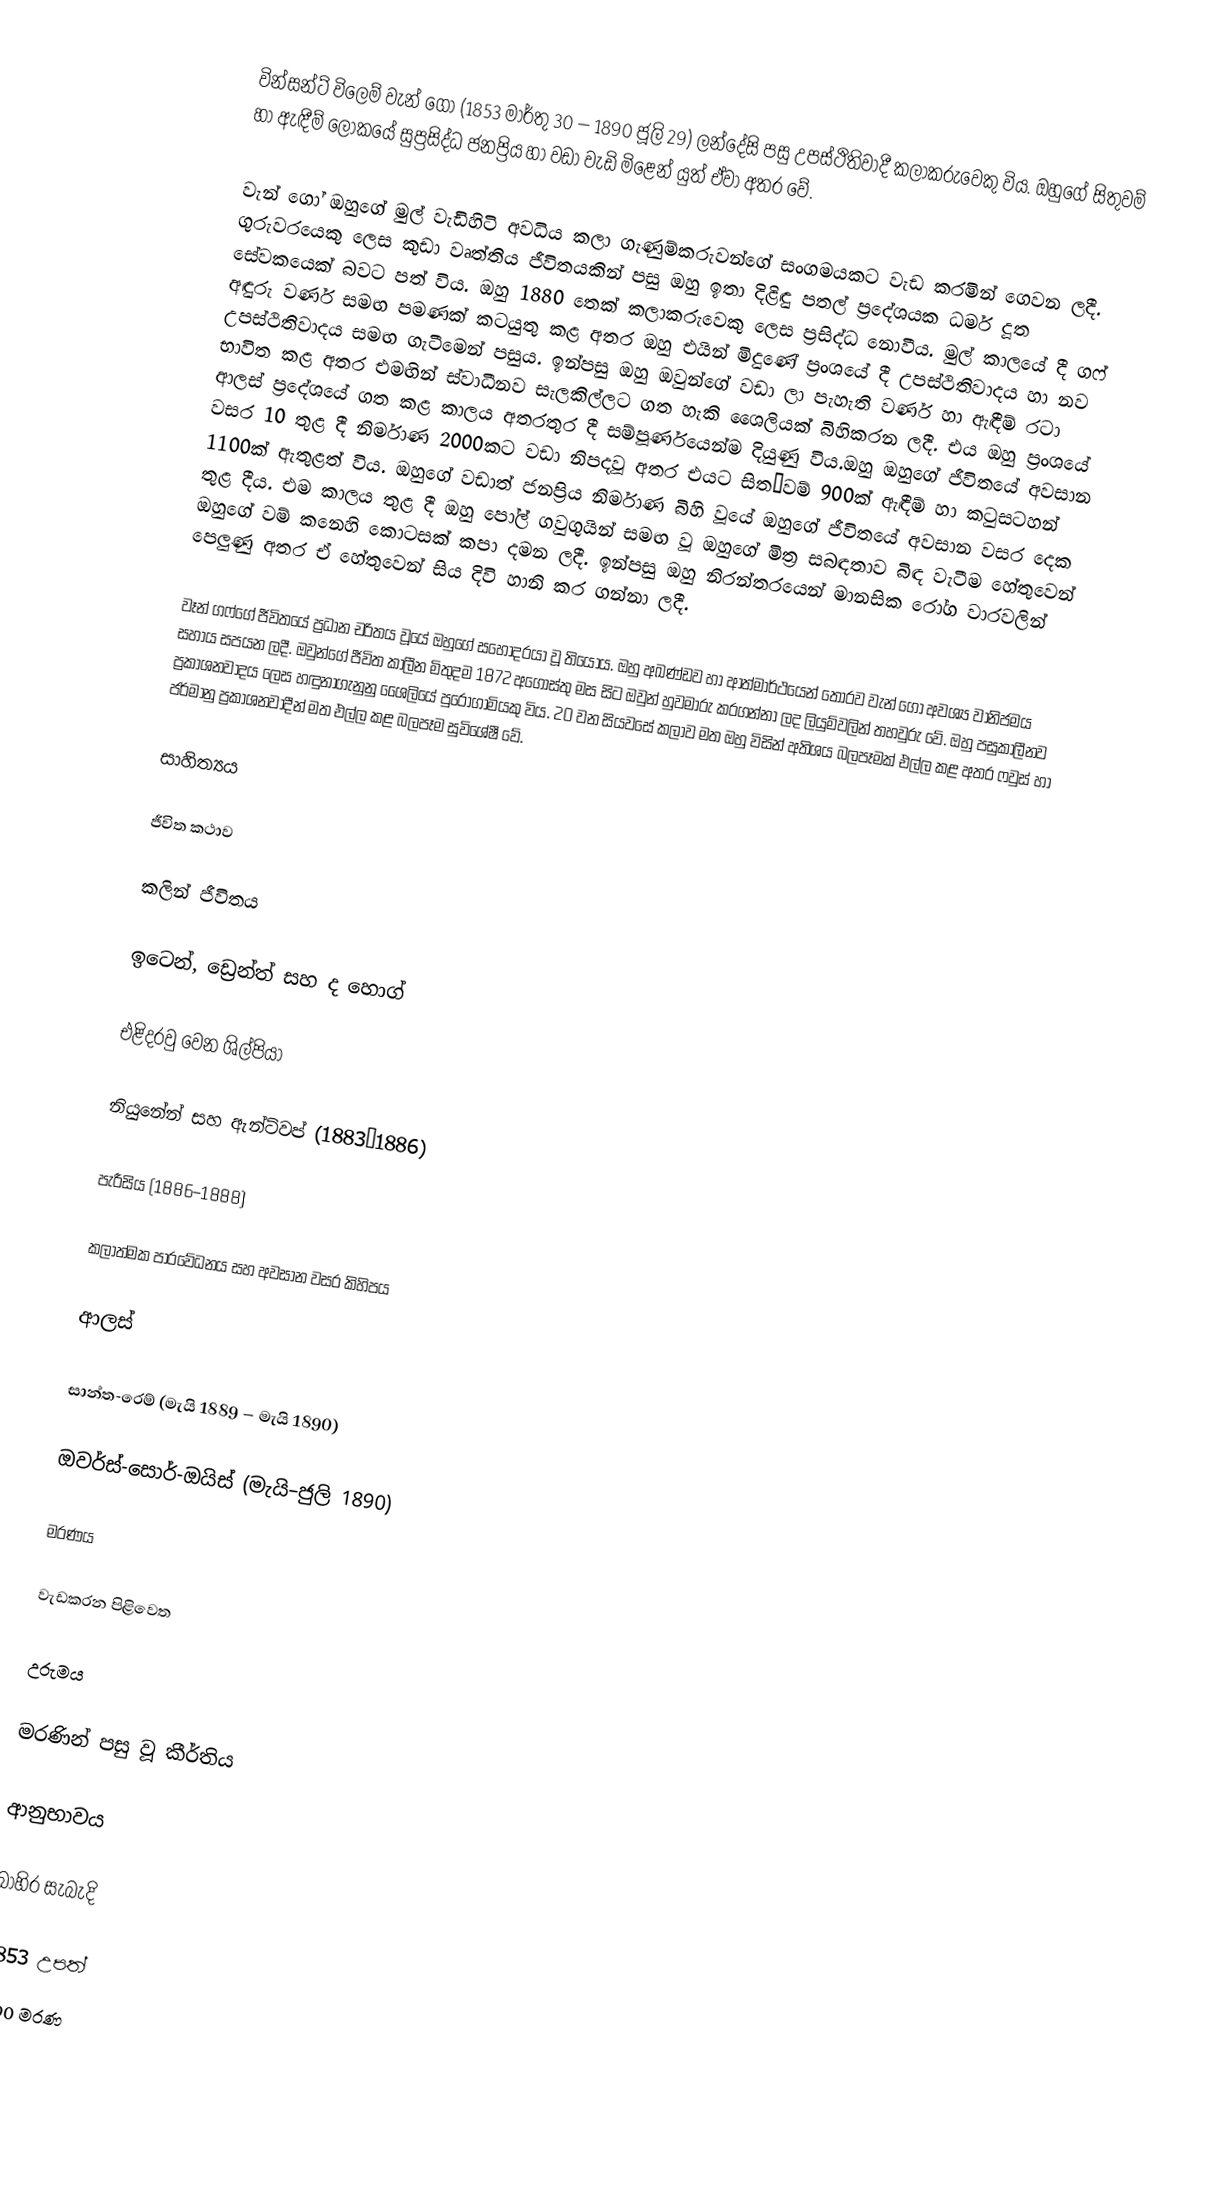
වින්සන්ට් විලෙම් වැන් ගෝ (1853 මාර්තු 30 – 1890 ජූලි 29) ලන්දේසි පසු උපස්ථිතිවාදී කලාකරුවෙකු විය. ඔහුගේ සිතුවම් හා ඇඳීම් ලෝකයේ සුප්‍රසිද්ධ ජනප්‍රිය හා වඩා වැඩි මිළෙන් යුත් ඒවා අතර වේ.

වැන් ගෝ ඔහුගේ මුල් වැඩිහිටි අවධිය කලා ගැණුම්කරුවන්ගේ සංගමයකට වැඩ කරමින් ගෙවන ලදී. ගුරුවරයෙකු ලෙස කුඩා වෘත්තිය ජීවිතයකින් පසු ඔහු ඉතා දිළිඳු පතල් ප්‍රදේශයක ධර්ම දූත සේවකයෙක් බවට පත් විය. ඔහු 1880 තෙක් කලාකරුවෙකු ලෙස ප්‍රසිද්ධ නොවීය. මුල් කාලයේ දී ග‍ෆ් අඳුරු වර්ණ සමඟ පමණක් කටයුතු කළ අතර ඔහු එයින් මිදුණේ ප්‍රංශයේ දී උපස්ථිතිවාදය හා නව උපස්ථිතිවාදය සමඟ ගැටීමෙන් පසුය. ඉන්පසු ඔහු ඔවුන්ගේ වඩා ලා පැහැති වර්ණ හා ඇඳීම් රටා භාවිත කළ අතර එමඟින් ස්වාධීනව සැලකිල්ලට ගත හැකි ශෛලියක් බිහිකරන ලදී. එය ඔහු ප්‍රංශයේ ආලස් ප්‍රදේශයේ ගත කළ කාලය අතරතුර දී සම්පූර්ණයෙන්ම දියුණු විය.ඔහු ඔහුගේ ජීවිතයේ අවසාන වසර 10 තුළ දී නිර්මාණ 2000කට වඩා නිපදවූ අතර එයට සිත˛වම් 900ක් ඇඳීම් හා කටුසටහන් 1100ක් ඇතුළත් විය. ඔහුගේ වඩාත් ජනප්‍රිය නිර්මාණ බිහි වූයේ ඔහුගේ ජීවිතයේ අවසාන වසර දෙක තුළ දීය. එම කාලය තුළ දී ඔහු පෝල් ගවුගුයින් සමඟ වූ ඔහුගේ මිත්‍ර සබඳතාව බිඳ වැටීම හේතුවෙන් ඔහුගේ වම් කනෙහි කොටසක් කපා දමන ලදී. ඉන්පසු ඔහු නිරන්තරයෙන් මානසික රෝග වාරවලින් පෙලුණු අතර ඒ හේතුවෙන් සිය දිවි හානි කර ගන්නා ලදී.

වෑන් ගෆ්ගේ ජීවිතයේ ප්‍රධාන චරිතය වූයේ ඔහුගේ සහෝදරයා වූ තියෝය. ඔහු අඛණ්ඩව හා ආත්මාර්ථයෙන් තොරව වැන් ගෝ අවශ්‍ය වානිජමය සහාය සපයන ලදී. ඔවුන්ගේ ජීවිත කාලීන මිතුදම 1872 අගෝස්තු මස සිට ඔවුන් හුවමාරු කරගන්නා ලද ලියුම්වලින් තහවුරු වේ. ඔහු පසුකාලීනව ප්‍රකාශනවාදය ලෙස හඳුනාගැනුනු ශෛලියේ පුරෝගාමියකු විය. 20 වන සියවසේ කලාව මත ඔහු විසින් අතිශය බලපෑමක් එල්ල කළ අතර ෆවුස් හා ජර්මානු ප්‍රකාශනවාදීන් මත එල්ල කළ බලපෑම සුවිශේෂී වේ.

සාහිත්‍යය

ජීවිත කථාව

කලින් ජීවිතය

ඉටෙන්, ඩ්‍රෙන්ත් සහ ද හොග්

එළිදරවු වෙන ශිල්පියා

නියුනේන් සහ ඇන්ට්වප් (1883–1886)

පැරීසිය (1886–1888)

කලාත්මක පාරවේධනය සහ අවසාන වසර කිහිපය

ආලස්

සාන්ත-රෙම් (මැයි 1889 – මැයි 1890)

ඔවර්ස්-සොර්-ඔයිස් (මැයි–ජුලි 1890)

මරණය

වැඩකරන පිළිවෙත

උරුමය

මරණින් පසු වූ 	කීර්තිය

ආනුභාවය

බාහිර සැබැදි

1853 උපත්
1890 මරණ